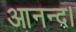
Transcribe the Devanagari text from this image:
आनन्द।